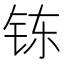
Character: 𲇷